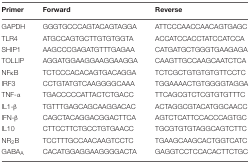
| Primer | Forward | Reverse |
 | --- | --- | --- |
 | GAPDH | GGGTGCCCAGTACAGTAGGA | ATTCCCAACCAACAGTGAGC |
 | TLR4 | ATGCCAGTGCTTGTGTGGTA | ACCATCCACCTATCCATCCA |
 | SHIP1 | AAGCCCGAGATGTTTGAGAA | CATGATGCTGGGTGAAGAGA |
 | TOLLIP | AGGATGGAAGGAAGGAAGGA | CAAGTTGCCAAGCAATCTCA |
 | NFκB | TCTCCCACACAGTGACAGGA | TCTCGCTGTGTGTGTTCCTC |
 | IRF3 | CCTGTATGTCAAGGGGCAAA | TGGAAAACTGTGGGGTAGGA |
 | TNF-α | TGACCCCCATTACTCTGACC | TTCAGCGTCTCGTGTGTTTC |
 | IL1-β | TGTTTGAGCAGCAAGGACAC | ACTAGGCGTACATGGCAACC |
 | IFN-β | CAGCTACAGGACGGACTTCA | AGTCTCATTCCACCCAGTGC |
 | IL10 | CTTCCTTCTGCCTGTGAACC | TGCGTGTGTAGGCAGTCTTC |
 | NR2B | TCCTTTGCCAACAAGTCCTC | TGAAGCAAGCACTGGTCATC |
 | GABAA | CACATGGAGGAAGGGGACTA | GAGGTCCTCCACACTTCTGC |